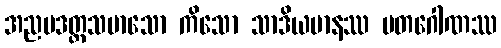
အညပဒတ္ထသမာသော ကိသော သာဒိယမာနဿ မတဂေါဏဿ